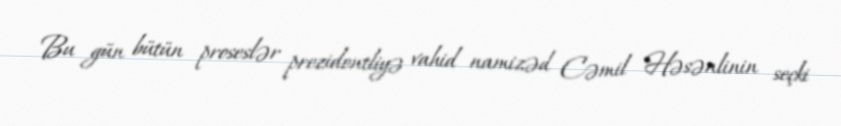
Bu gün bütün proseslər prezidentliyə vahid namizəd Cəmil Həsənlinin seçki